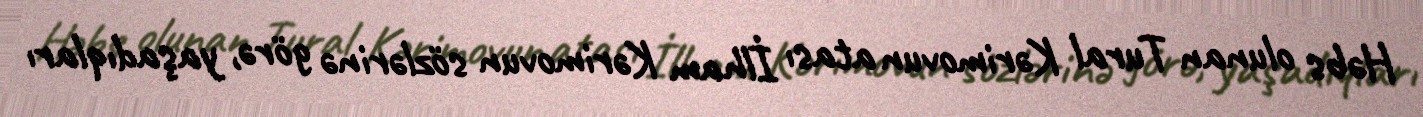
Həbs olunan Tural Kərimovun atası İlham Kərimovun sözlərinə görə, yaşadıqları